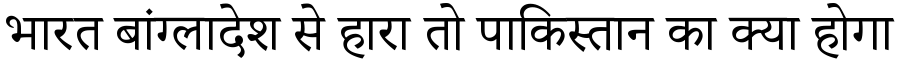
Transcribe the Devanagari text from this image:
भारत बांग्लादेश से हारा तो पाकिस्तान का क्या होगा